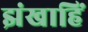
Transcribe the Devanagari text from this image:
झंखाहिं